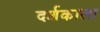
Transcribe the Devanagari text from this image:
दर्शकाला